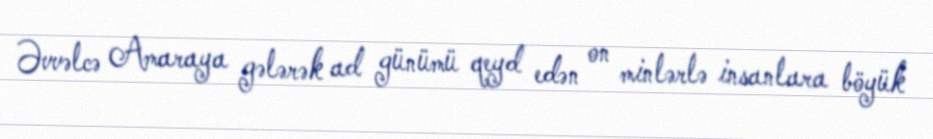
Əvvəlcə Amaraya gələrək ad günümü qeyd edən on minlərlə insanlara böyük